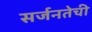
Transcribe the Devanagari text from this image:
सर्जनतेची